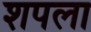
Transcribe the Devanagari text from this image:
शपला